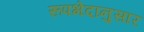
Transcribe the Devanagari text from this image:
रूपभेदानुसार